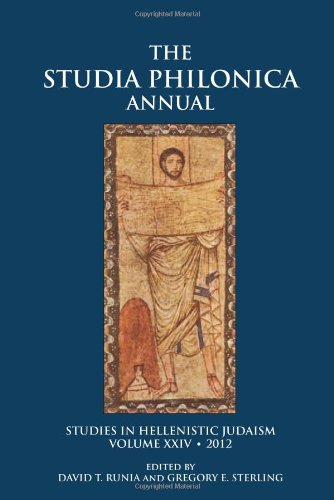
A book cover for Studia Philonica Annual XXIV, 2012 (Studia Philonica Annual: Studies in Hellenistic Judaism); David T. Runia; Religion & Spirituality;